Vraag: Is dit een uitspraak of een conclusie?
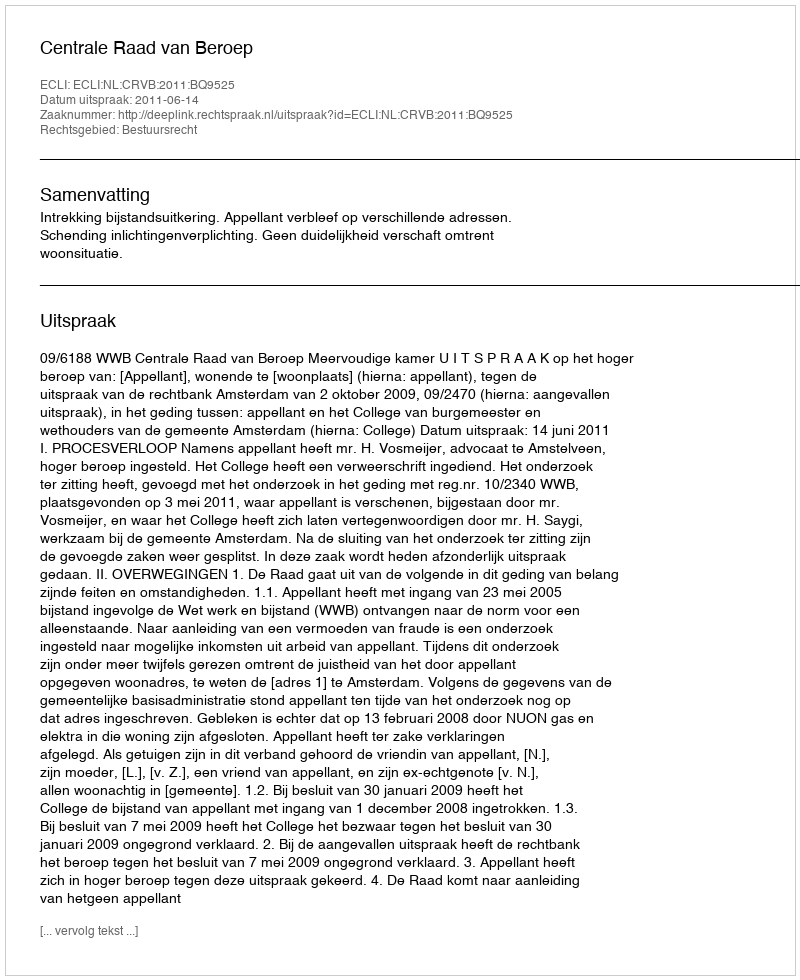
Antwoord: Uitspraak